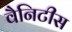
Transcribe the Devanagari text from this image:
वैनिटीस